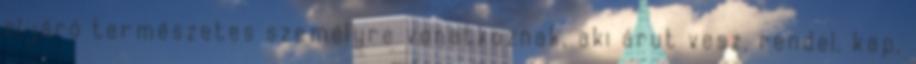
eljáró természetes személyre vonatkoznak, aki árut vesz, rendel, kap,